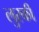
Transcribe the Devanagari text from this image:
लुरकी